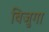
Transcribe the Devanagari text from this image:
बिजुगा